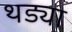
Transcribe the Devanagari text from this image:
थड्या